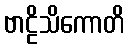
ဗာဠိသိကောတိ